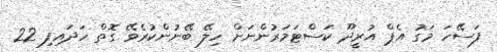
ފަސޭހަ މަގު އެޕް އުރީދޫ ކަސްޓަމަރުންނަށް ހިލޭ ބޭނުންކުރެވޭ ގޮތް ހަދައިފި 22